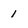
Character: 1